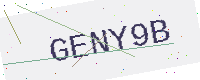
Text: GENY9B